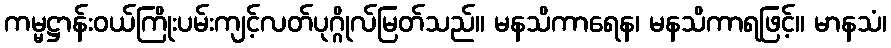
ကမ္မဋ္ဌာန်းဝယ်ကြိုးပမ်းကျင့်လတ်ပုဂ္ဂိုလ်မြတ်သည်။ မနသိကာရေန၊ မနသိကာရဖြင့်။ မာနသံ၊